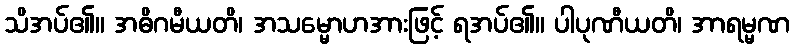
သိအပ်၏။ အဓိဂမီယတိ၊ အသမ္မောဟအားဖြင့် ရအပ်၏။ ပါပုဏီယတိ၊ အာရမ္မဏ